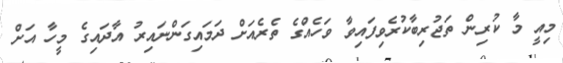
މިއީ މާ ކުރިން ތަޖުރިބާކުރެވިފައިވާ ވަހެއްގެ ތެރެއަށް ދަމައިގަންނައިރު އާދައިގެ މީހާ އަށް